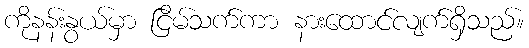
ကိုနန်းနွယ်မှာ ငြိမ်သက်ကာ နားထောင်လျက်ရှိသည်။